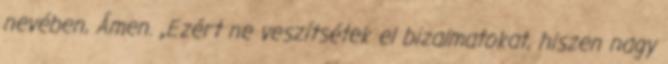
nevében, Ámen. „Ezért ne veszítsétek el bizalmatokat, hiszen nagy